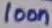
Text: 100n